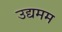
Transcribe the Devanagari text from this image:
उद्यमम